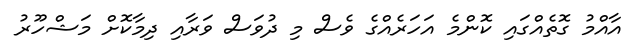
އާއްމު ގޮތެއްގައި ކޮންމެ އަހަރެއްގެ ވެސް މި ދުވަސް ވަރާއި ދިމާކޮށް މަޝްހޫރު